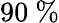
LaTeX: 90~\%